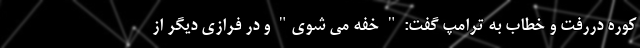
کوره دررفت و خطاب به ترامپ گفت: " خفه می شوی" و در فرازی دیگر از